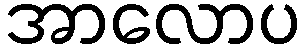
အာလောပ